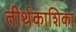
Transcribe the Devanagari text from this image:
तीर्थकाशिका